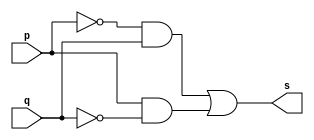
// --------------------- 
// Exemplo0011 - xor 
// Nome: Jenifer Henrique Moreira Borges 
// --------------------- 
 
// --------------------- 
// -- xor gate 
// --------------------- 
 
module xorgate (output [0:3] s, 
                             input   [0:3] p, 
                             input   [0:3] q); 
 assign s = (~p & q) | (p & ~q); 
endmodule // xor 
 
// --------------------- 
// -- test xorgate 
// --------------------- 
module testxorgate; 
// ------------------------- dados locais 
   reg  [0:3] a,b; // definir registrador 
   wire [0:3] s;    // definir conexao (fio) 
// ------------------------- instancia 
   xorgate XOR1 (s, a, b);  
// ------------------------- preparacao 
   initial begin:start 
      a=4'b0011;   // 4 valores binarios 
      b=4'b0101;   // 4 valores binarios 
   end 
 
// ------------------------- parte principal 
   initial begin:main 
      $display("Exemplo0011 - Jenifer Henrique Moreira Borges - 427420"); 
      $display("Test xor gate"); 
      $display("\n  a     ^    b    =     s\n"); 
      $monitor("%b ^ %b = %b", a, b, s); 
  #1  a=0; b=0;    // valores decimais 
  #1  a=4'b0010; b=4'b0001;  // valores binarios 
  #1  a=4'd1;       b=3;    // decimal e decimal 
  #1  a=4'o5;       b=2;    // octal   e decimal 
  #1  a=4'hA;       b=3;    // hexadecimal e decimal 
  #1  a=4'h9;       b=4'o3;    // hexadecimal e octal 
 
 end 
 
endmodule // testxorgate